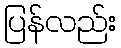
ပြန်လည်း